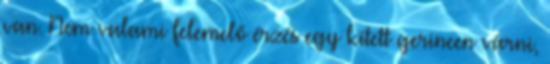
van. Nem valami felemelő érzés egy kitett gerincen várni,